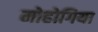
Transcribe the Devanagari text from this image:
मोहोगिया